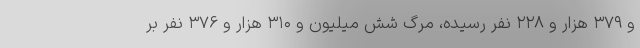
و ۳۷۹ هزار و ۲۲۸ نفر رسیده، مرگ شش میلیون و ۳۱۰ هزار و ۳۷۶ نفر بر